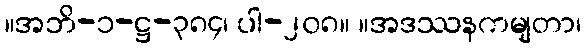
။အဘိ-၁-ဋ္ဌ-၃၈၄၊ ပါ-၂၀၈။ ။အဒဿနကမျတာ၊